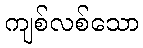
ကျစ်လစ်သော